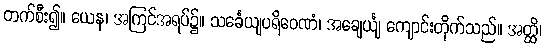
တက်စီး၍။ ယေန၊ အကြင်အရပ်၌။ သင်္ခေယျပရိဝေဏံ၊ အချေင်္ယျ ကျောင်းတိုက်သည်။ အတ္ထိ၊